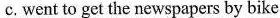
c.went to get the newspapers by bike